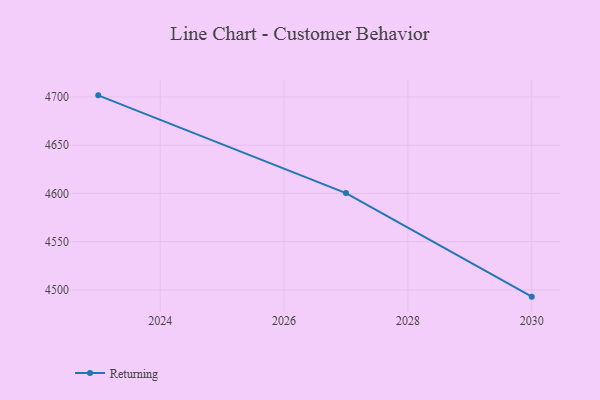
{"axis": {"x": "Year", "y": "Budget (USD K)"}, "legend": ["Returning"], "data": [{"x": "2023", "y": 4701.7, "type": "Returning"}, {"x": "2027", "y": 4600.4, "type": "Returning"}, {"x": "2030", "y": 4493.0, "type": "Returning"}]}